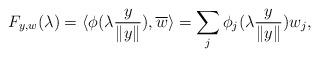
LaTeX: \begin{align*} F_{y,w}(\lambda)=\langle\phi(\lambda\frac{y}{\|y\|}),\overline{w}\rangle=\sum_j \phi_j(\lambda \frac{y}{\|y\|})w_j,\end{align*}